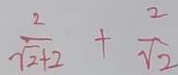
\frac { 2 } { \sqrt { 2 } + 2 } + \frac { 2 } { \sqrt { 2 } }